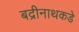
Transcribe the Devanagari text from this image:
बद्रीनाथकडे